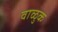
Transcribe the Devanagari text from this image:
वाळुक